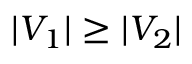
| V _ { 1 } | \geq | V _ { 2 } |